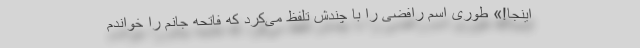
اینجا!» طوری اسم رافضی را با چندش تلفظ می‌کرد که فاتحه جانم را خواندم